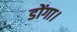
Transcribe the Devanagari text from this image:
डोंगा।